Tezpur Lunatic Asylum reports 1877-1894 - 1877-1894
Year: 1877
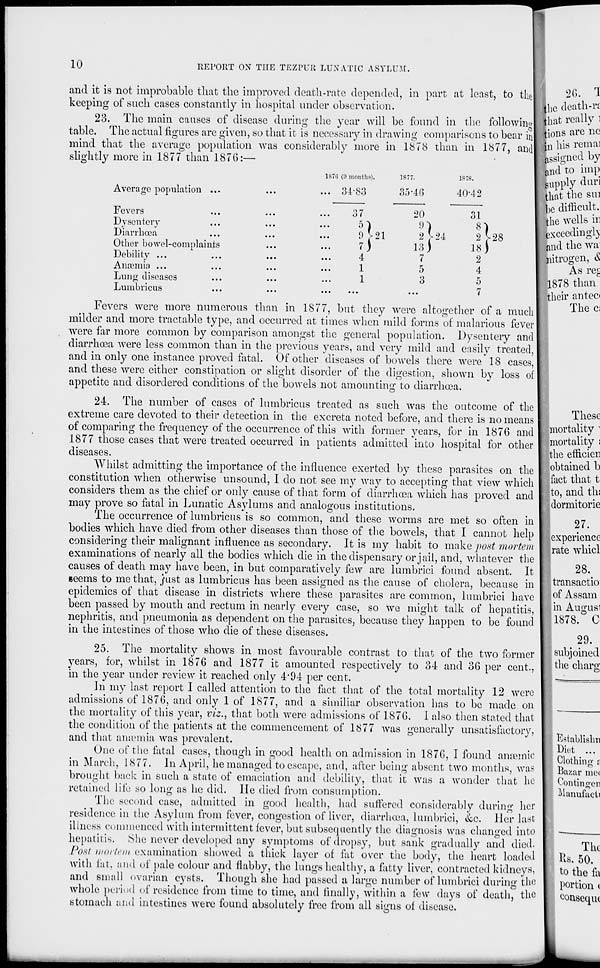
10
REPORT ON THE TEZPUJl LUNATIC ASVLUJt.
and it is not improbable that the improved death-rate depended, in part at least, to the
keeping of such cases constantly in hospital under observation.
23. The main causes of disease during the year will be found in the following
table. The actual figures are given, so that it is necessary in drawing comparisons to bear in
mind that the average population was considerably more in 1878 than in 1877, and
slightly more in 1877 than 1876:—
Average population ...
Fevers
Dysentery
Diarrhoea
Other bowel-complaints
Debility ...
Anaemia ...
Lung diseases
Lumbricus
187C. (0 months).
3-1*83
1ST
35-4(5
1878.
40-42
37
9 >21
7)
4
1
1
20
9
2 ^24
3j ■>
7
5
3
31
2 J-28
18 j
2
4
5
7
Fevers were more numerous than in 1877, but they were altogether of a much
milder and more tractable type, and occurred at times when mild forms of malarious fever
were far more common by comparison amongst the general population. Dysentery and
diarrhoea were less common than in the previous years, and very mild and easily treated,
and in only one instance proved fatal. Of other diseases of bowels there were 18 cases,
and these were either constipation or slight disorder of the digestion, shown by loss of
appetite and disordered conditions of the bowels not amounting to diarrhoea.
24. The number of cases of lumbricus treated as such was the outcome of the
extreme care devoted to their detection in the excreta noted before, and there is no means
of comparing the frequency of the occurrence of this with former years, for in 1876 and
1877 those cases that were treated occurred in patients admitted into hospital for other
diseases.
Whilst admitting the importance of the influence exerted by these parasites on the
constitution when otherwise unsound, I do not see my way to accepting that view which
considers them as the chief or only cause of that form of diarrhoea which has proved and
may prove so fatal in Lunatic Asylums and analogous institutions.
The occurrence of lumbricus is so common, and these worms are met so often in
bodies which have died from other diseases than those of the bowels, that I cannot help
considering their malignant influence as secondary. It is my habit to make post mortem
examinations of nearly all the bodies which die in the dispensary or jail, and, whatever the
causes of death may have been, in but comparatively few are lumbrici found absent. It
seems to me that, just as lumbricus has been assigned as the cause of cholera, because in
epidemics of that disease in districts where these parasites are common, lumbrici have
been passed by mouth and rectum in nearly every case, so we might talk of hepatitis,
nephritis, and pneumonia as dependent on the parasites, because they happen to be found
in the intestines of those who die of these diseases.
25. The mortality shows in most favourable contrast to that of the two former
years, for, whilst in 1876 and 1877 it amounted respectively to 34 and 36 per cent.,
in the year under review it reached only 4*94 per cent.
In my last report I called attention to the fact that of the total mortality 12 were
admissions of 1876, and only 1 of 1877, and a shniliar observation has to be made on
the mortality of this year, viz., that both were admissions of 1876. I also then stated that
the condition of the patients at the commencement of 1877 was generally unsatisfactory,
and that anaemia was prevalent.
One of the fatal cases, though in good health on admission in 1876, I found anaemic
in March, 1877. In April, he managed to escape, and, after being absent two months, was
brought back in such a state of emaciation and debility, that it was a wonder that he
retained life so long as he did. He died from consumption.
The second case, admitted in good health, had suffered considerably during her
residence in the Asylum from fever, congestion of liver, diarrhoea, lumbrici, &c. Her last
illness commenced with intermittent fever, but subsecpiently the diagnosis was changed into
hepatitis. Shu never developed any symptoms of dropsy, but sank gradually and died.
Post mortem examination showed a thick layer of fat over the body, the heart loaded
with fat, and of pale colour and flabby, the lungs healthy, a fatty liver, contracted kidneys,
and small ovarian cysts. Though she had passed a large number of lumbrici during the
whole period of residence from time to time, and finally, within a few days of death, the
stomach and intestines were found absolutely free from all signs of disease.
26. 1
|hc death-rt
that really :
|ions are ne
in his remai
Assigned by
Indto imp
Supply duri
that the sin
%c difficult.
|the wells in
exceedingly
and the wa
nitrogen, &
As re£
1878 than
their antec<
The c;
These
mortality " •
mortality :
•the efficien
obtained b
fact that t
I to, and tli!
dormitorie
27.
experience
rate whicl
I
28.
trans actio
of Assam
in Augusl
1878. C
29.
subjoined
the charg
Establishn
Diet ...
Clothing f
Bazar me<
Contingeu
Manufacti
The
Rs. 50.
to the fa
portion (
conseqiu